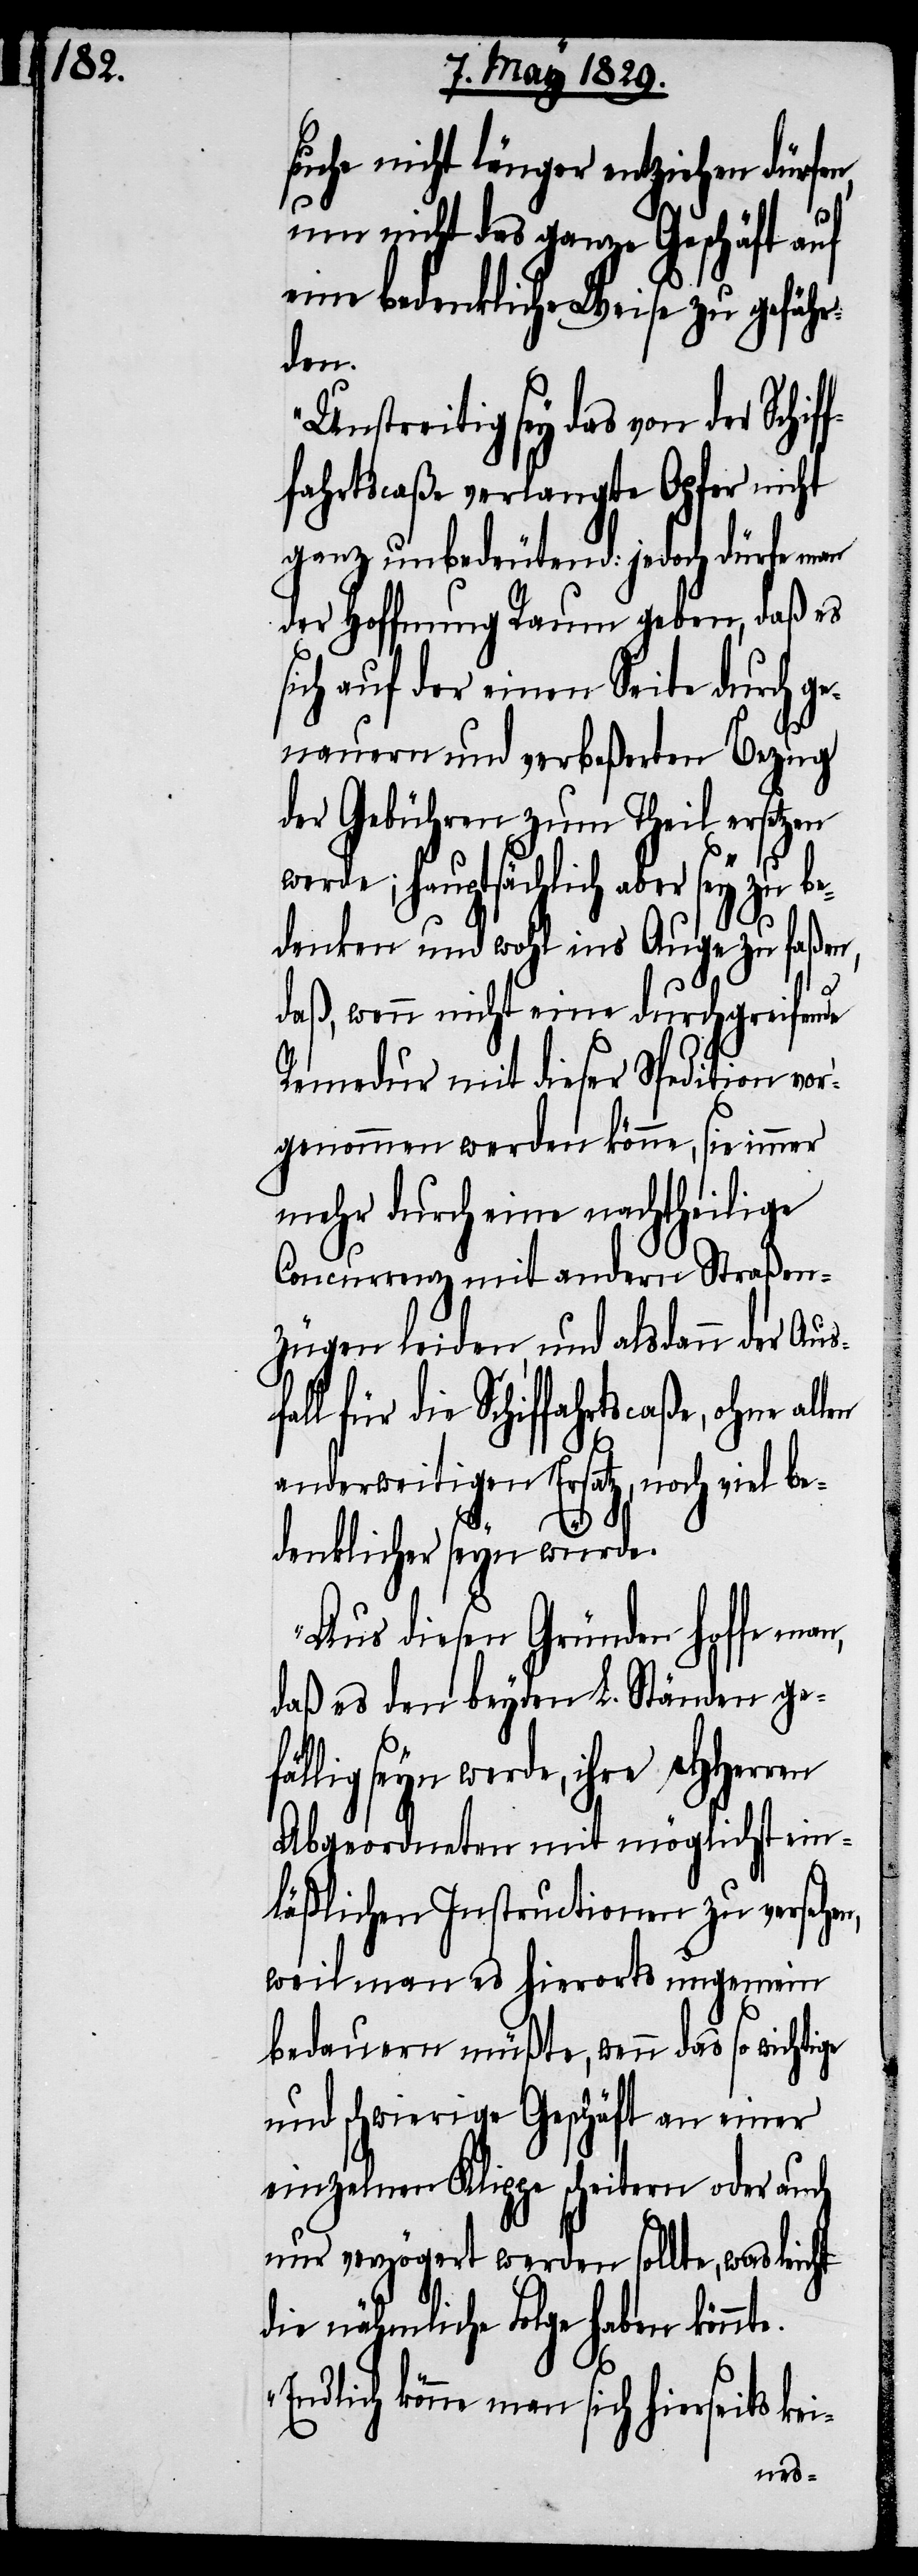
suche nicht länger entziehen dürfen,
um nicht das ganze Geschäft auf
eine bedenkliche Weise zu gefähr¬
den.
Unstreitig sey das von der Schif¬
fahrtscaße verlangte Opfer nicht
ganz unbedeutend: jedoch dürfe man
der Hoffnung Raum geben, daß es
ich auf der einen Seite durch g¬
enauern und verbeßerten Bezug
der Gebühren zum Theil ersetzen
werde; hauptsächlich aber sey zu be¬
denken und wohl ins Auge zu faßen,
daß, wenn nicht eine durchgreifende
Remedur mit dieser Spedition vor¬
genommen werden könne, sie immer
mehr durch eine nachtheilige
Concurrenz mit andern Straßen¬
zügen leiden, und alsdann der Ausf¬
ll für die Schiffahrtscaße, ohne
anderweitigen Ersatz, noch viel be¬
ge
denklicher seyn würde.
Aus diesen Gründen hoffe
daß es den beyden L. Ständen ge¬
fällig seyn werde, ihre HHerren
Abgeordneten mit möglichst ein¬
läßlichen Instructionen zu versehen,
weil man es hierorts ungemein
bedauern müßte, wenn das so wichti¬
und schwierige Geschäft an einer
einzelnen Klippe scheitern oder auch
nur verzögert werden sollte, was leicht
die nähmliche Folge haben könnte.
Endlich könne man sich hierseits kei-
s¬